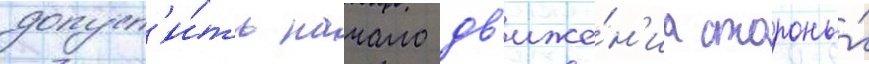
допуст'и́ть начало дв'иже́н'иа стороны́